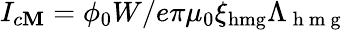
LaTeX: I_{c\mathbf{M}}=\phi_{0}W/e\pi\mu_{0}\xi_{\mathrm{{hmg}}}\Lambda_{\mathrm{{~h~m~g~}}}